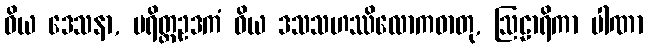
ဝိယ ဒေသနာ, ပရိတ္တဥဒကံ ဝိယ ဒသသဟဿိလောကဓာတု, ဩဠာရိကာ ပါဏာ